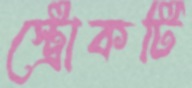
স্ট্রোকটি